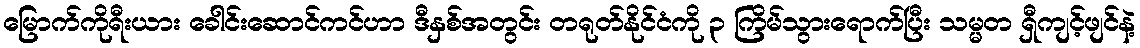
မြောက်ကိုရီးယား ခေါင်းဆောင်ကင်ဟာ ဒီနှစ်အတွင်း တရုတ်နိုင်ငံကို ၃ ကြိမ်သွားရောက်ပြီး သမ္မတ ရှီကျင့်ဖျင်နဲ့